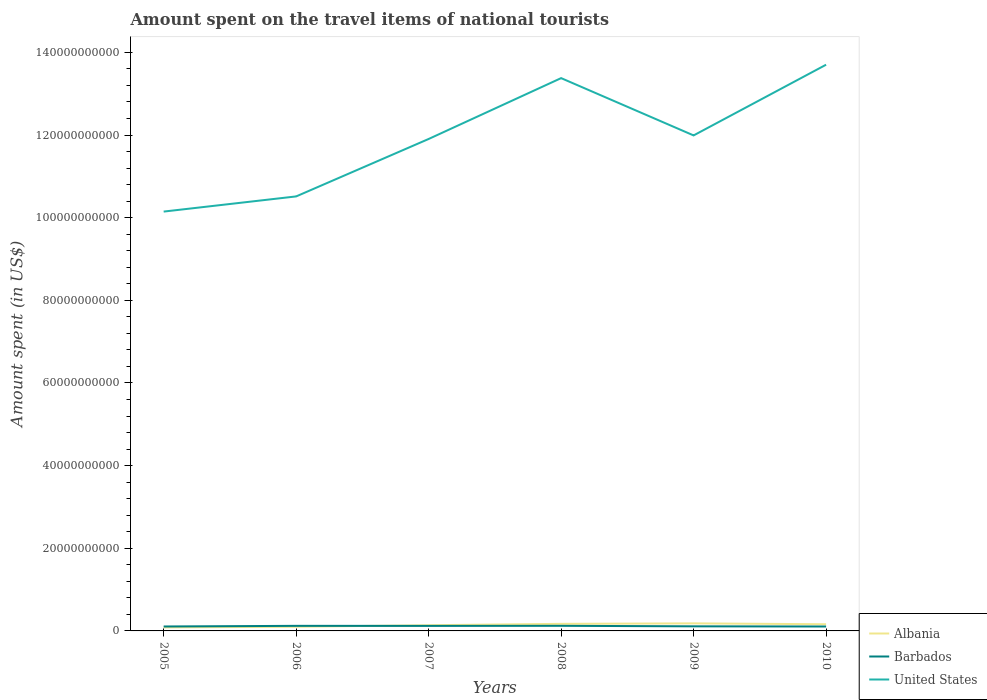
| Years | Albania | Barbados | United States |
 | --- | --- | --- | --- |
 | 2005 | 8.54e+08 | 1.07e+09 | 1.01e+11 |
 | 2006 | 1.01e+09 | 1.23e+09 | 1.05e+11 |
 | 2007 | 1.38e+09 | 1.22e+09 | 1.19e+11 |
 | 2008 | 1.71e+09 | 1.24e+09 | 1.34e+11 |
 | 2009 | 1.83e+09 | 1.11e+09 | 1.2e+11 |
 | 2010 | 1.61e+09 | 1.07e+09 | 1.37e+11 |